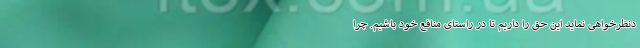
دنظرخواهی نماید این حق را داریم تا در راستای منافع خود باشیم. چرا